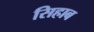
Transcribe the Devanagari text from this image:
सिहाब